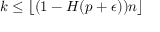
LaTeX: k \leq \lfloor ( 1 - H ( p + \epsilon ) ) n \rfloor